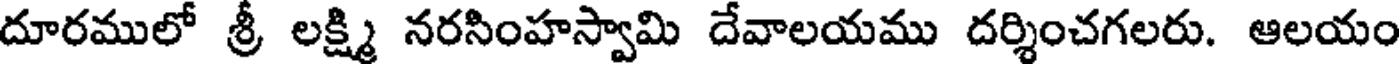
దూరములో శ్రీ లక్ష్మి నరసింహస్వామి దేవాలయము దర్శించగలరు. ఆలయం